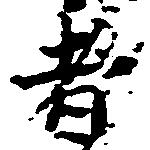
者